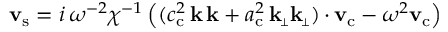
{ \mathbf { v } _ { \mathrm { s } } } = i \, \omega ^ { - 2 } \chi ^ { - 1 } \left( ( c _ { \mathrm { c } } ^ { 2 } \, \mathbf { k } \, \mathbf { k } + a _ { \mathrm { c } } ^ { 2 } \, \mathbf { k } _ { \scriptscriptstyle \! \perp } \mathbf { k } _ { \scriptscriptstyle \! \perp } ) \, { \boldsymbol { \cdot } } \, { \mathbf { v } _ { \mathrm { c } } } - \omega ^ { 2 } { \mathbf { v } _ { \mathrm { c } } } \right)